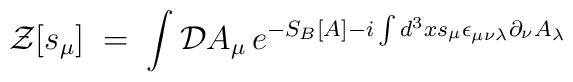
{\mathcal Z}[s_\mu] \;=\; \int {\mathcal D}A_\mu \,e^{-S_B[A] - i \int d^3x s_\mu \epsilon_{\mu\nu\lambda}\partial_\nu A_\lambda}